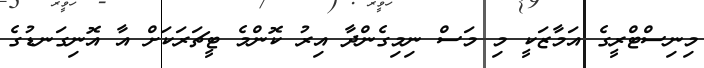
މިނިސްޓްރީގެ އަމާޒަކީ މި މަސް ނިމިގެންދާ އިރު ކޮންމެ ޓީޗަރަކަށް އާ އޮނިގަނޑުގެ